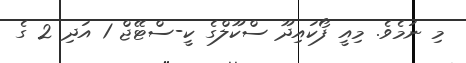
މި ނަމެވެ. މިއީ ފޯކައިދޫ ސްކޫލްގެ ކީ-ސްޓޭޖް 1 އަދި 2 ގެ